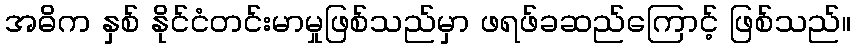
အဓိက နှစ် နိုင်ငံတင်းမာမှုဖြစ်သည်မှာ ဖရဖ်ခဆည်ကြောင့် ဖြစ်သည်။